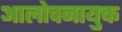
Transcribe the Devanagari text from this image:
आलोचनायुक्त